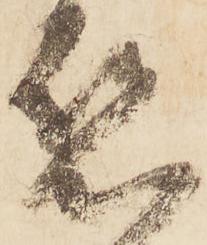
懇